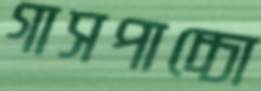
গাসপাচ্চো